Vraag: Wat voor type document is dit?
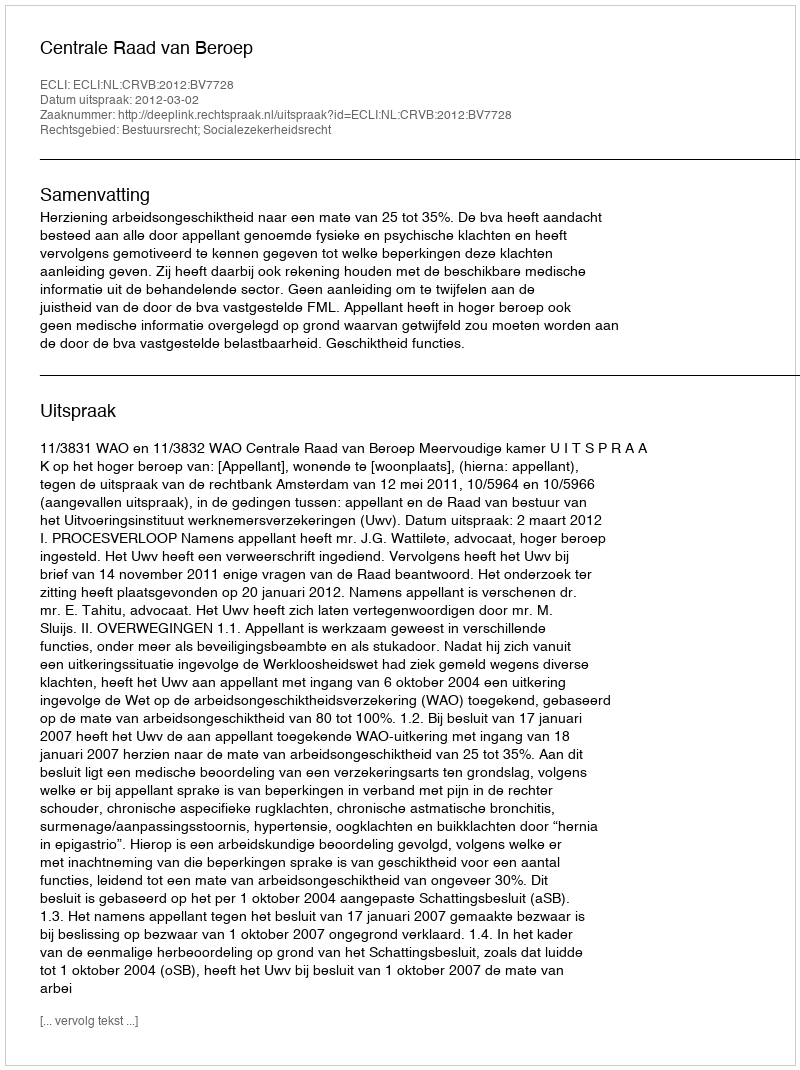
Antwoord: Uitspraak